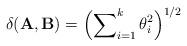
LaTeX: \begin{align*}\delta(\mathbf{A},\mathbf{B})=\Bigl(\sum\nolimits_{i=1}^k\theta_i^2\Bigr)^{1/2}\end{align*}